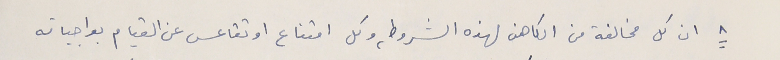
٨ ان كل مخالفة من الكاهن لهذه الشروط، وكل امتناع او تقاعس عن القيام بواجباته